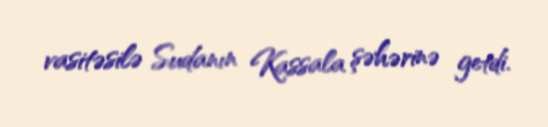
vasitəsilə Sudanın Kassala şəhərinə getdi.